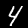
Label: 4